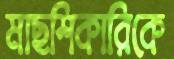
মাছশিকারিকে